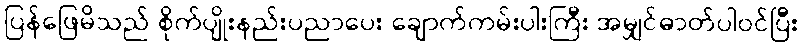
ပြန်ဖြေမိသည် စိုက်ပျိုးနည်းပညာပေး ချောက်ကမ်းပါးကြီး အမျှင်ဓာတ်ပါဝင်ပြီး